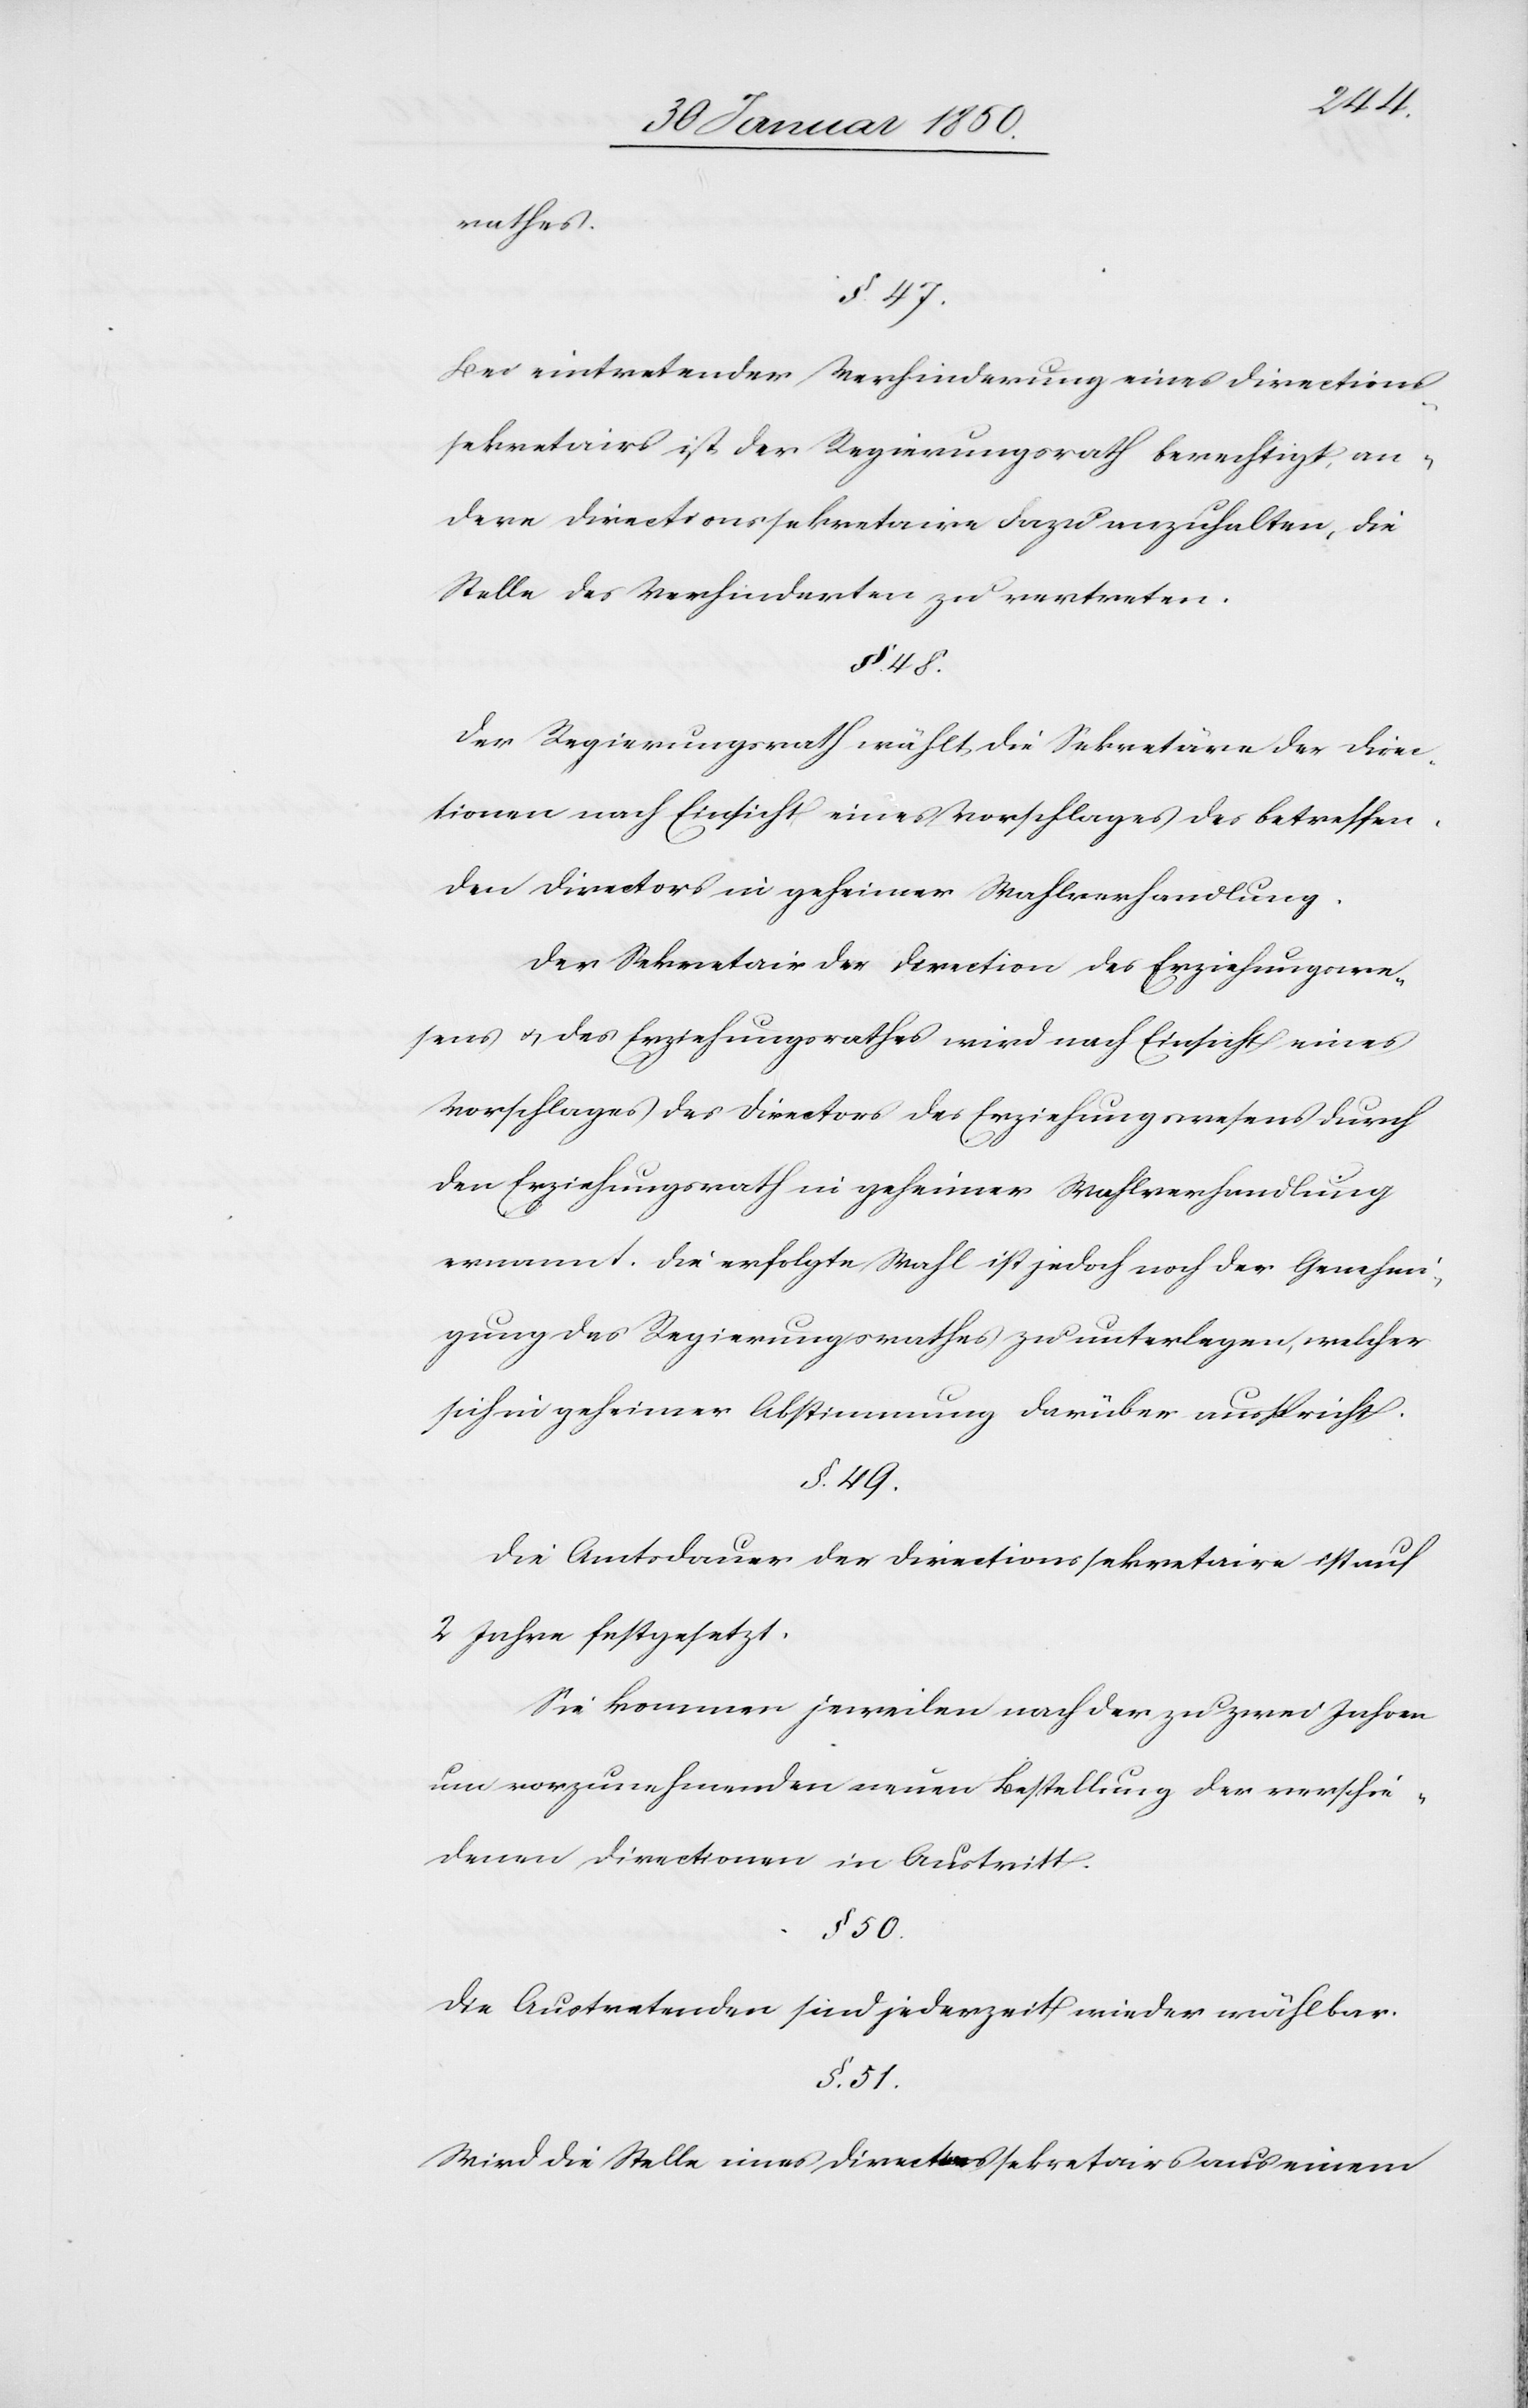
rathes.
§. 47.
Bei eintretender Verhinderung eines Directions¬
sekretairs ist der Regierungsrath berechtigt, an¬
dere Directionssekretaire dazu anzuhalten, die
Stelle des Verhinderten zu vertreten.
Der Regierungsrath wählt die Sekretäre der Direc¬
tionen nach Einsicht eines Vorschlages des betreffen¬
den Directors in geheimer Wahlverhandlung.
Der Sekretair der Direction des Erziehungswe¬
sens u. des Erziehungsrathes wird nach Einsicht eines
Vorschlages des Directors des Erziehungswesens durch
den Erziehungsrath in geheimer Wahlverhandlung
ernennt. Die erfolgte Wahl ist jedoch noch der Genehmi¬
gung des Regierungsrathes zu unterlegen, welcher
sich in geheimer Abstimmung darüber ausspricht.
§. 49.
Die Amtsdauer der Directionssekretaire ist auf
2 Jahre festgesetzt.
Sie kommen jeweilen nach der zu zwei Jahren
um vorzunehmenden neuen Bestellung der verschie¬
denen Directionen in Austritt.
§. 50.
Die Austretenden sind jederzeit wieder wählbar.
§. 51.
Wird die Stelle eines Direct[?ion]ssekretairs aus einem